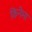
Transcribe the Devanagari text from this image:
किनेमा